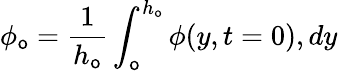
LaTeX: \phi_{\mathsf{o}}=\frac{{1}}{{h_{\mathsf{o}}}}\int_{\mathsf{o}}^{h_{\mathsf{o}}}\phi(y,t=0),dy